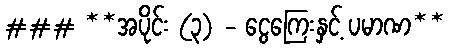
### **အပိုင်း (၃) - ငွေကြေးနှင့် ပမာဏ**